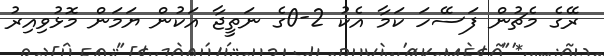
ރޭގެ މެޗުން ފަސޭހަ ކަމާ އެކު 2-0ގެ ނަތީޖާ އަކުން ޔަމަން މޮޅުވިއިރު